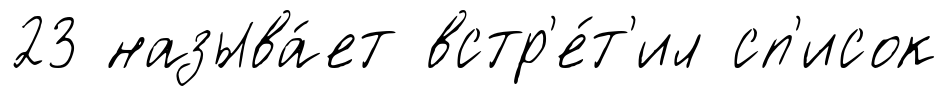
23 называ́ет встр'е́т'ил сп'исок